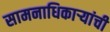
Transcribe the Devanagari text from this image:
सामनाधिकार्‍यांची